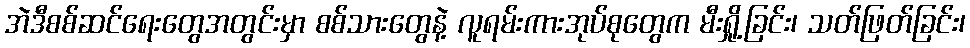
အဲဒီစစ်ဆင်ရေးတွေအတွင်းမှာ စစ်သားတွေနဲ့ လူရမ်းကားအုပ်စုတွေက မီးရှို့ခြင်း၊ သတ်ဖြတ်ခြင်း၊